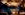
تعاونت